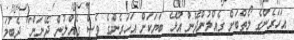
އަހަރެންގެ ލޯތްބަށް ގެއްލުންދޭން އުޅޭ ބަޔަކަށް އަހަރެންގެ ވެސް ގެއްލުން ދޭނަން" ދެބުމަ